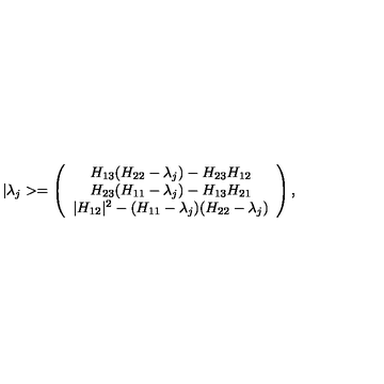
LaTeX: | \lambda _ { j } > = \left( \begin{array} { c } { H _ { 1 3 } ( H _ { 2 2 } - \lambda _ { j } ) - H _ { 2 3 } H _ { 1 2 } } \\ { H _ { 2 3 } ( H _ { 1 1 } - \lambda _ { j } ) - H _ { 1 3 } H _ { 2 1 } } \\ { | H _ { 1 2 } | ^ { 2 } - ( H _ { 1 1 } - \lambda _ { j } ) ( H _ { 2 2 } - \lambda _ { j } ) } \\ \end{array} \right) ,